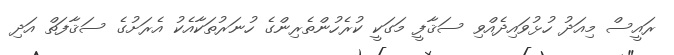
ރައީސް މިއަދު ހުޅުވައިދެއްވި ސަޤާފީ މަގަކީ ކުރެހުންތެރިންގެ ހުނަރުތަކާއެކު އެރަށުގެ ސަޤާފަތް އަދި